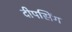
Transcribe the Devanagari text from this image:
दीपसिंग